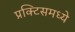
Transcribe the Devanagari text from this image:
प्रक्टिसमध्ये